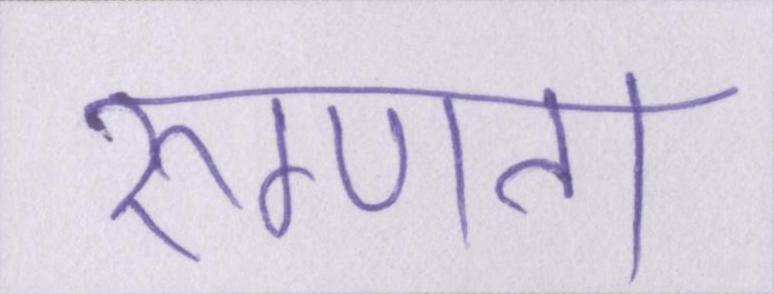
रुग्णता